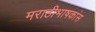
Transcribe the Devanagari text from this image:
मराठीभाषकांस